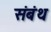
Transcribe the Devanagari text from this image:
संबंथ